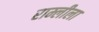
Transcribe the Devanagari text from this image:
राम्लीला